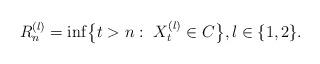
LaTeX: \begin{align*}R^{(l)}_n = \inf\bigl\{t>n:\ X^{(l)}_t\in C\bigr\}, l \in\{1,2\}.\end{align*}